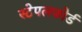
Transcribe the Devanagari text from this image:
स्टेपलफोर्ड